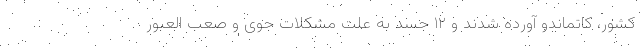
کشور، کاتماندو آورده شدند و ۱۲ جسد به علت مشکلات جوی و صعب العبور